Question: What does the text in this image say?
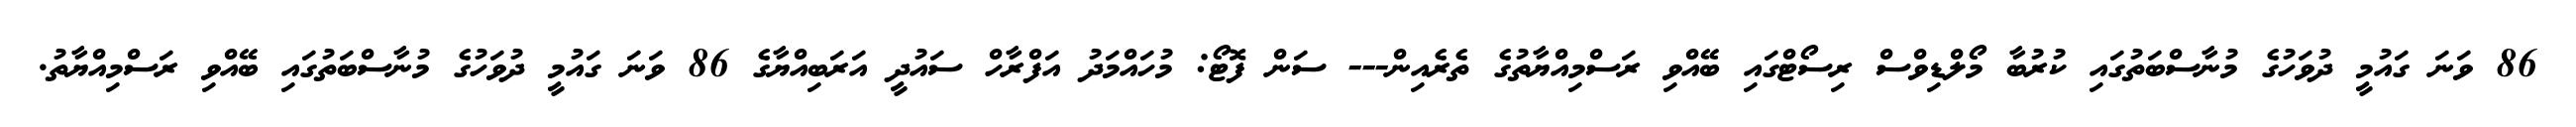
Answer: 86 ވަނަ ގައުމީ ދުވަހުގެ މުނާސްބަތުގައި ކުރުބާ މޯލްޑިވްސް ރިސޯޓްގައި ބޭއްވި ރަސްމިއްޔާތުގެ ތެރެއިން--- ސަން ފޮޓޯ: މުހައްމަދު އަފްރާހް ސައުދީ އަރަބިއްޔާގެ 86 ވަނަ ގައުމީ ދުވަހުގެ މުނާސްބަތުގައި ބޭއްވި ރަސްމިއްޔާތު.